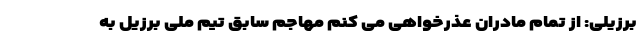
برزیلی: از تمام مادران عذرخواهی می کنم مهاجم سابق تیم ملی برزیل به